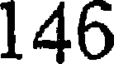
146